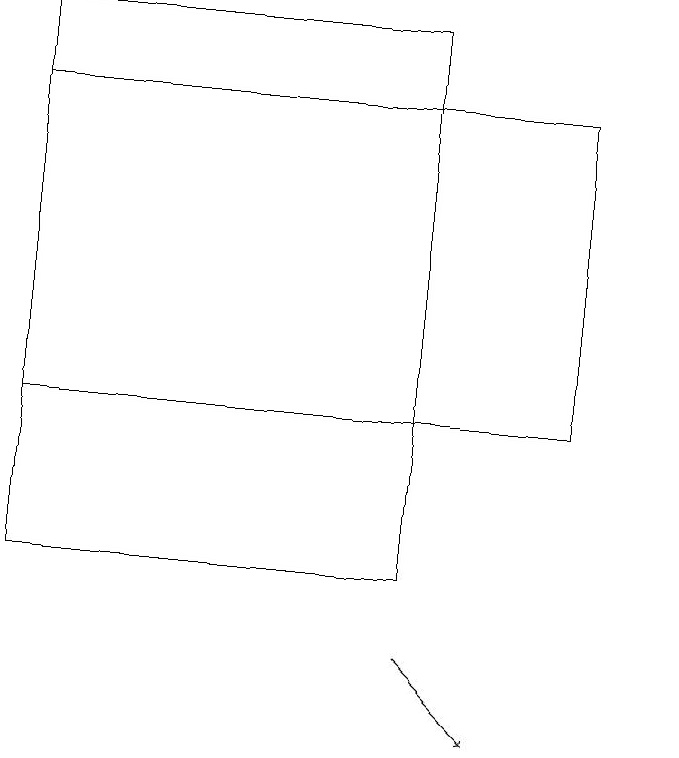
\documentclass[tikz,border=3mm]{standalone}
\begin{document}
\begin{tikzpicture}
\draw[->] (7,11) -- (8,10);
\draw (10,11) circle (0);
\draw (2,12) rectangle (7,19);
\draw (2,14) rectangle (9,18);
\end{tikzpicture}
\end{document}